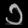
Digit: ၁